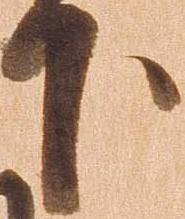
下